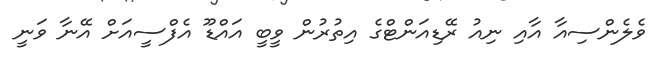
ވެލެންސިއާ އާއި ނިއު ރޭޑިއަންޓްގެ އިތުރުން ވީބީ އައްޑޫ އެފްސީއަށް އޭނާ ވަނީ